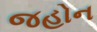
જહોન